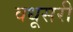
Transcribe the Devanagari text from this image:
वधूसरी